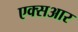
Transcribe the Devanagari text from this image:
एक्सआर